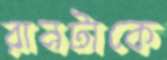
রানটাকে